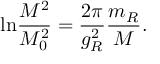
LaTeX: \mathrm { l n } \frac { M ^ { 2 } } { M _ { 0 } ^ { 2 } } = \frac { 2 \pi } { g _ { R } ^ { 2 } } \frac { m _ { R } } { M } .